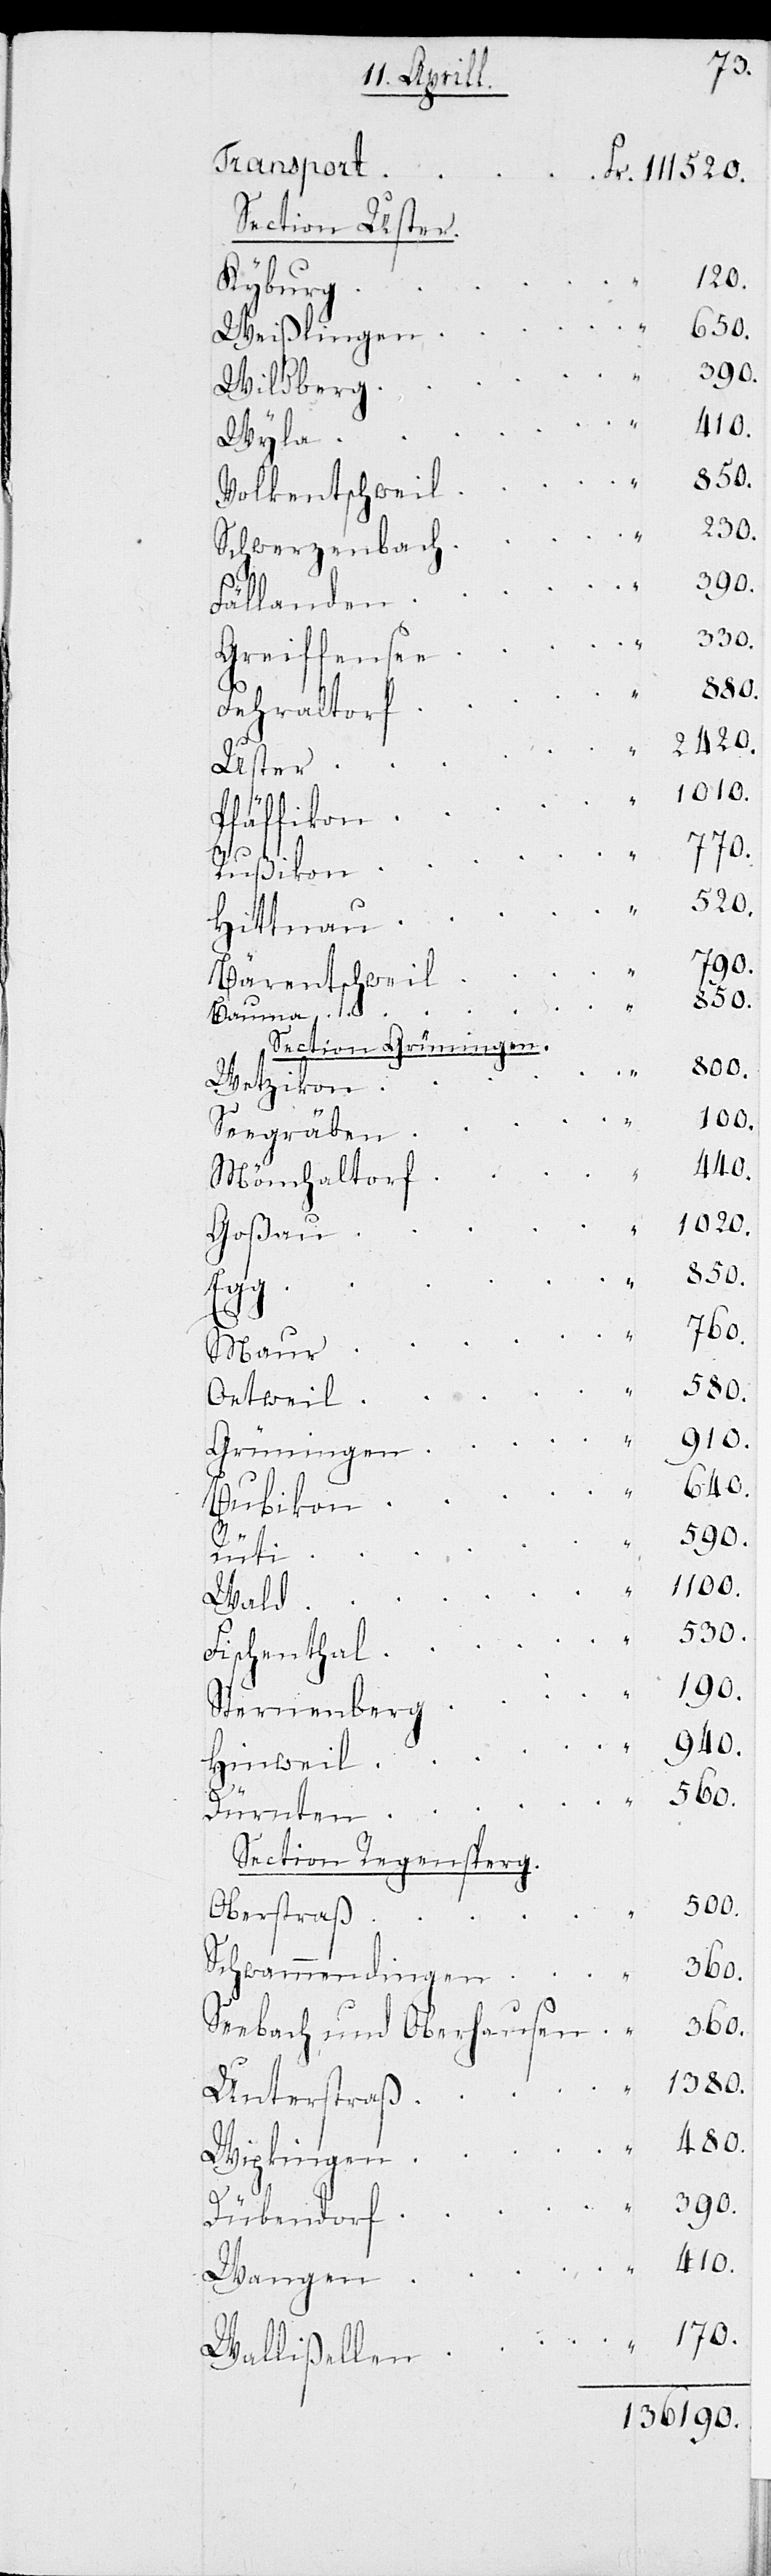
Section Uster.
Volkentschwei¬
Greiffense¬
Bärentschwei¬
Section Grüningen.
Fischentha¬
Sternenber¬
Section Regensperg.
Schwammendingen	360.
Seebach und Oberhause¬
Unterstra¬
Dübendor¬
Wallisellen

170.
l	530.
136190.